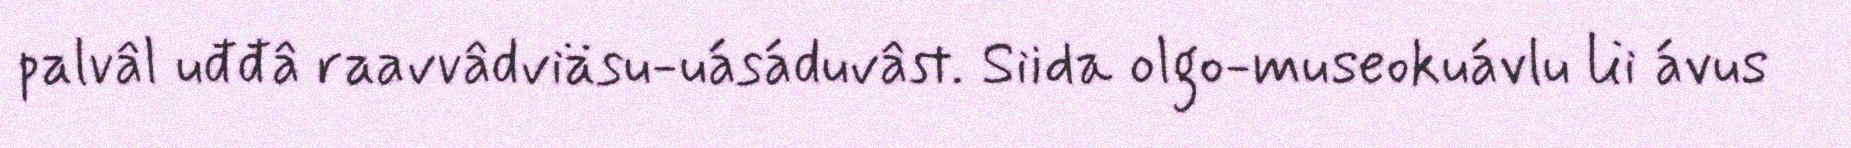
palvâl uđđâ raavvâdviäsu-uásáduvâst. Siida olgo-museokuávlu lii ávus